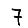
Digit: 7